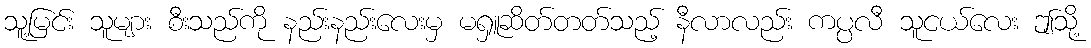
သူ့မြင်း သူများ စီးသည်ကို နည်းနည်းလေးမှ မရှူဆိတ်တတ်သည့် နီလာလည်း ကပ္ပလီ သူငယ်လေး ဤသို့